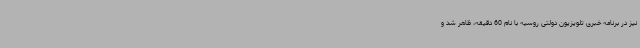
نیز در برنامه خبری تلویزیون دولتی روسیه با نام 60 دقیقه، ظاهر شد و